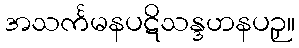
အသင်္ကမနပဋိသန္ဒဟနပဉှ။